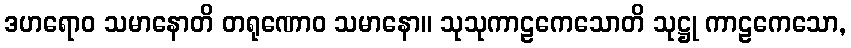
ဒဟရောဝ သမာနောတိ တရုဏောဝ သမာနော။ သုသုကာဠကေသောတိ သုဋ္ဌု ကာဠကေသော,